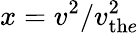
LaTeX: x=v^{2}/v_{\mathrm{th}e}^{2}